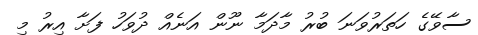
ސާވޭގެ ހަތަރުވަނަ ބުރު މާދަމާ ނޫން އަނެއް ދުވަހު ފަށާ އިރު މި